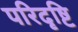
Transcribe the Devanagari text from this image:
परिदृष्टि